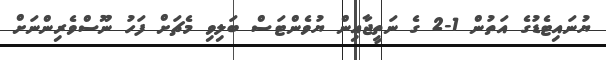
ޔުނައިޓެޑުގެ އަތުން 1-2 ގެ ނަތީޖާއިން ޔުވެންޓަސް ބަލިވި މެޗަށް ފަހު ނޫސްވެރިންނަށް